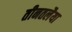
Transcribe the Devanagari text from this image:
तीनतलैया